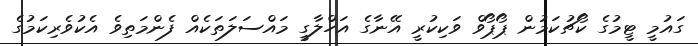
ގައުމީ ޓީމުގެ ކޯޗުކަމުން ޕޯޕޯވް ވަކިކުރީ އޭނާގެ އަހްލާގީ މައްސަލަތަކެއް ފެންމަތިވެ އެކުވެރިކަމުގެ